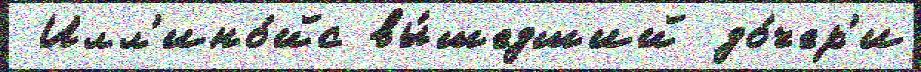
 Илл'ино́йс вы́шедший до́чер'и